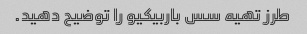
طرز تهیه سس باربیکیو را توضیح دهید.